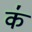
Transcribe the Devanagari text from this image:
क॑